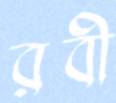
রবী